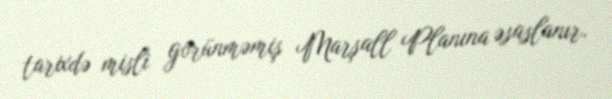
tarixdə misli görünməmiş Marşall Planına əsaslanır.